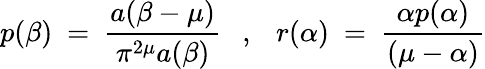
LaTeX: p(\beta)~=~\frac{a(\beta-\mu)}{\pi^{2\mu}a(\beta)}~~~,~~~r(\alpha)~=~\frac{\alpha p(\alpha)}{(\mu-\alpha)}